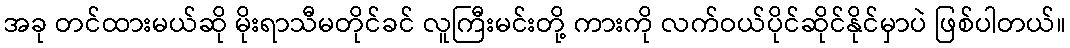
အခု တင်ထားမယ်ဆို မိုးရာသီမတိုင်ခင် လူကြီးမင်းတို့ ကားကို လက်ဝယ်ပိုင်ဆိုင်နိုင်မှာပဲ ဖြစ်ပါတယ်။